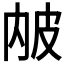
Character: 𤿏